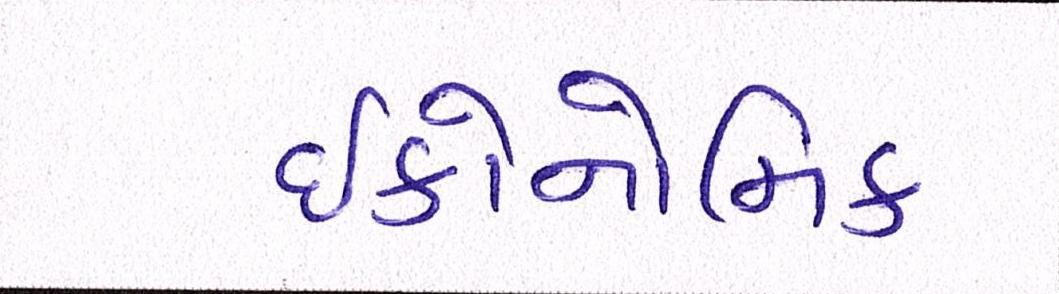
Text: ઇકોનોમિક